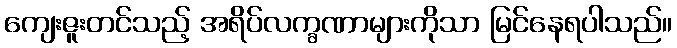
ကျေးဇူးတင်သည့် အရိပ်လက္ခဏာများကိုသာ မြင်နေရပါသည်။